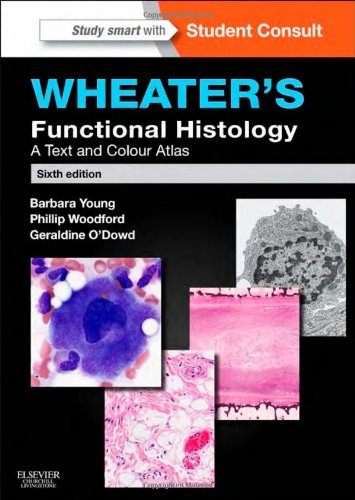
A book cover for Wheater's Functional Histology: A Text and Colour Atlas, 6e (FUNCTIONAL HISTOLOGY (WHEATER'S)); Barbara Young BSc  Med Sci (Hons)  PhD  MB  BChir  MRCP  FRCPA; Medical Books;